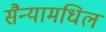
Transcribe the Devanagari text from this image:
सैन्यामधिल